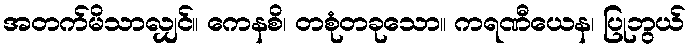
အတက်မိသာလျှင်။ ကေနစိ၊ တစုံတခုသော။ ကရဏီယေန၊ ပြုဘွယ်